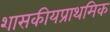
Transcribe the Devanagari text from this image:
शासकीयप्राथमिक